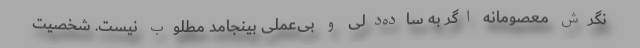
نگرش معصومانه اگر به ساده‌دلی و بی‌عملی بینجامد مطلوب نیست. شخصیت